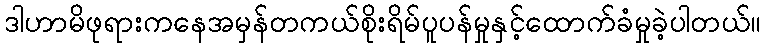
ဒါဟာမိဖုရားကနေအမှန်တကယ်စိုးရိမ်ပူပန်မှုနှင့်ထောက်ခံမှုခဲ့ပါတယ်။